Ridala_vallavalitsus, lk 10
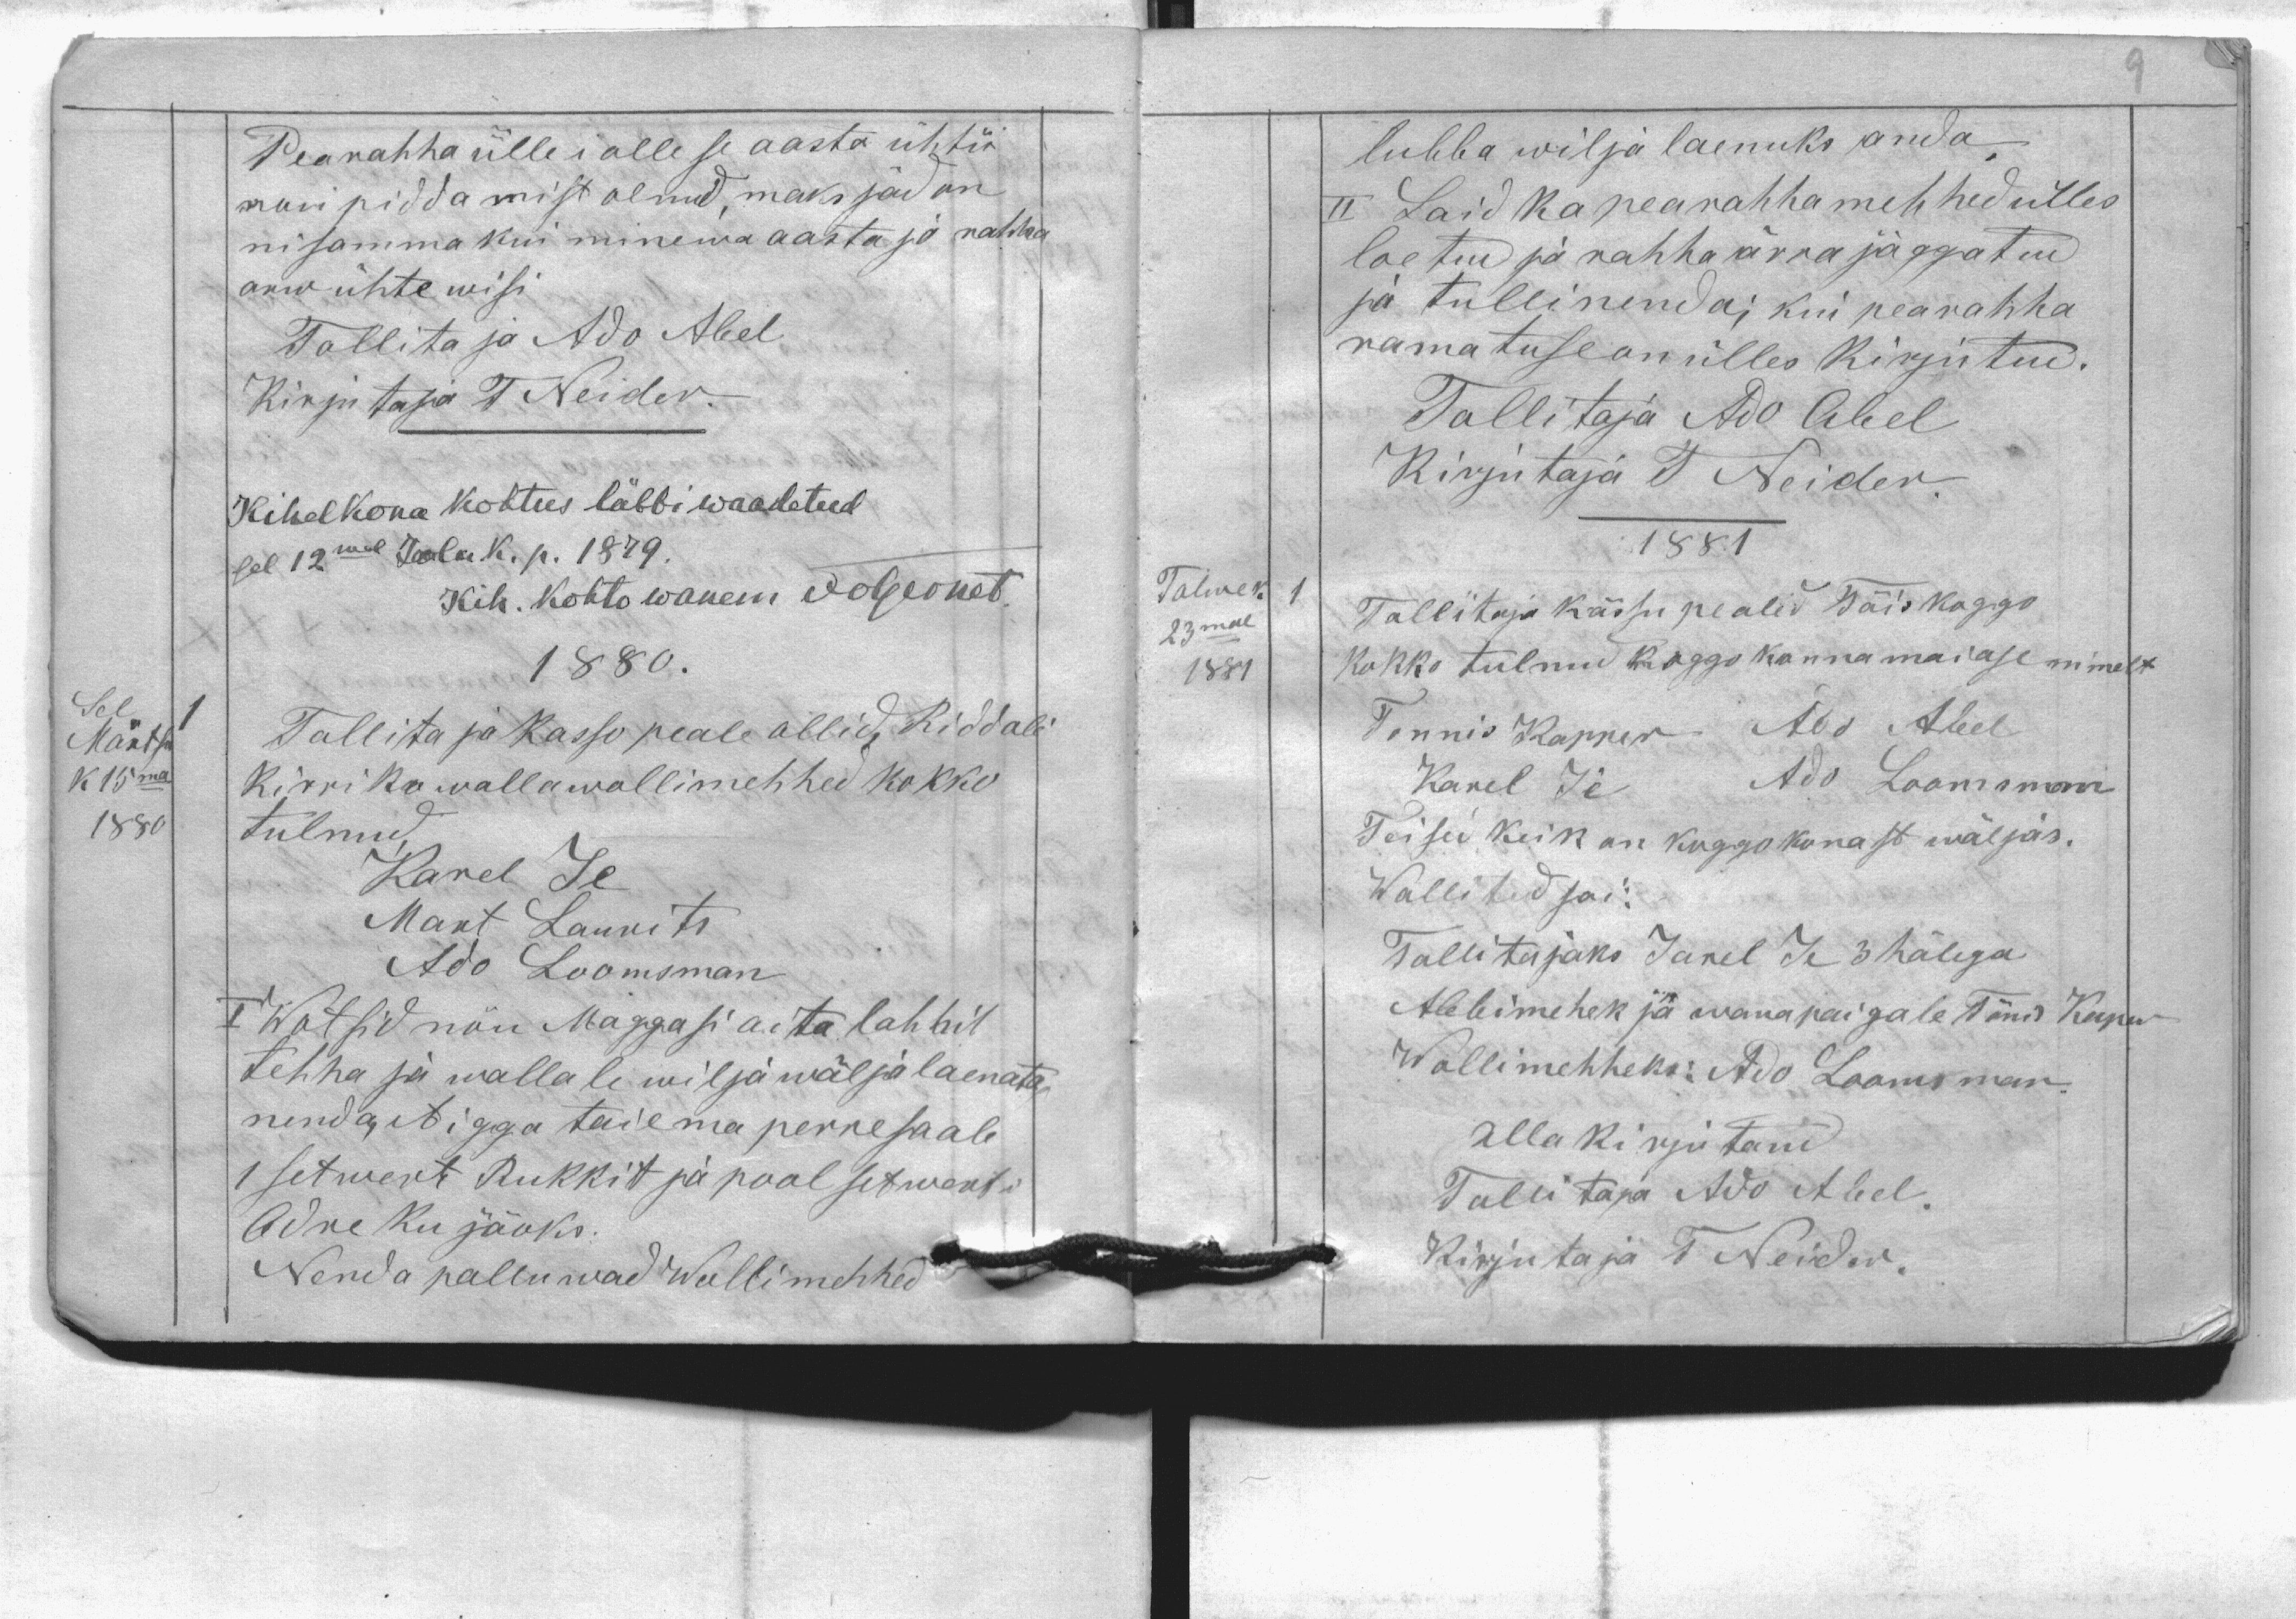
Sel
Märtsi
k 15ma
1880
Pearahha ülle i olle se aasta ühti
seni piddamist olnud, maksjad on
niisamma kui minnewa aasta ja rahha
arw ühte wisi
Tallitaja Ado Abel
Kirjutaja T. Neider,
Kihelkona kohtus läbbi waadatud
sel 12mal Jouluk. p. 1879.
Kih. kohto wanem JvGernet.
1880.
Tallitaja kasso peale ollid Riddali
kirrikowalla wollimehhed kokko
tulnud
Karel Je
Mart Laurits
Ado Loomsman
I Wotsid nõu Maggasi aita lahhil
tehha ja wallale wilja wälja laenata
neda, et igga taie ma perre saab
1 setwert Rukkit ja pool setwerti
Odre ku jaoks.
Nenda palluwad Wollimehhed
1

Talwek
23mal
1881
lubba wilja laenuks anda.
II Said ka pearahhamehhed ülles
loetud ja rahha ärra jaggatud
ja tulli nenda; kui pearahha
ramatuse on ülles kirjutud.
Tallitaja Ado Abel
Kirjutaja T. Neider.
1881
Tallitaja kässu pe olid Täiskoggo
kokko tulnud koggokonna maiase nimelt
Tonnis Kapper Ado Abel
Karel Je Ado Loomsman
Teised keik on koggokonnast wäljas.
Wallitud sai:
Tallitajaks Karel Je 3 hälega
Abbimehek jä paigale Tõnis Kaper
Wollimehheks: Ado Loomsman
Alla kirjutanud
Tallitaja Ado Abel.
Kirjutaja T. Neider
1